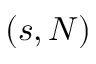
( s , N )